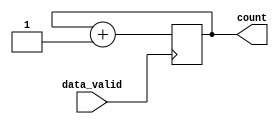
module counter_13 (data_valid, count);

input data_valid;
output [12:0] count;

reg [12:0] count;

always @ (posedge ~data_valid)
begin

	count <= count + 13'b1;
	
end

endmodule